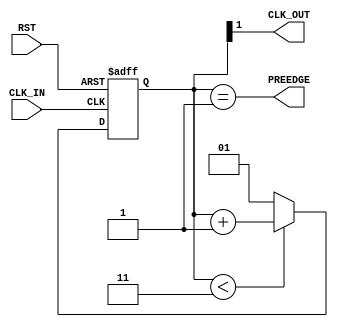

// Copyright (c) 2000-2012 Bluespec, Inc.

// Permission is hereby granted, free of charge, to any person obtaining a copy
// of this software and associated documentation files (the "Software"), to deal
// in the Software without restriction, including without limitation the rights
// to use, copy, modify, merge, publish, distribute, sublicense, and/or sell
// copies of the Software, and to permit persons to whom the Software is
// furnished to do so, subject to the following conditions:

// The above copyright notice and this permission notice shall be included in
// all copies or substantial portions of the Software.

// THE SOFTWARE IS PROVIDED "AS IS", WITHOUT WARRANTY OF ANY KIND, EXPRESS OR
// IMPLIED, INCLUDING BUT NOT LIMITED TO THE WARRANTIES OF MERCHANTABILITY,
// FITNESS FOR A PARTICULAR PURPOSE AND NONINFRINGEMENT. IN NO EVENT SHALL THE
// AUTHORS OR COPYRIGHT HOLDERS BE LIABLE FOR ANY CLAIM, DAMAGES OR OTHER
// LIABILITY, WHETHER IN AN ACTION OF CONTRACT, TORT OR OTHERWISE, ARISING FROM,
// OUT OF OR IN CONNECTION WITH THE SOFTWARE OR THE USE OR OTHER DEALINGS IN
// THE SOFTWARE.
//
// $Revision: 29441 $
// $Date: 2012-08-27 21:58:03 +0000 (Mon, 27 Aug 2012) $

`ifdef BSV_ASSIGNMENT_DELAY
`else
  `define BSV_ASSIGNMENT_DELAY
`endif

`ifdef BSV_POSITIVE_RESET
  `define BSV_RESET_VALUE 1'b1
  `define BSV_RESET_EDGE posedge
`else
  `define BSV_RESET_VALUE 1'b0
  `define BSV_RESET_EDGE negedge
`endif


// A clock divider circuit.
// Division is based on the parameters, where
// Division is upper - lower + 1
// Duty cycle is :
//       let half = 1 << (width-1)
//       (upper - half) / upper - lower + 1
// E.g., (2,1,3) is a divide by 3  duty cycle  2/3
//       (2,0,3) is a divide by 4  duty cycle  2/4
//       (1,0,1) is a divide by 2, duty cycle  1/2
//       (3,1,5) is a divide by 5  duty cycle  2/5
//       (3,2,6) is a divide by 5  duty cycle  3/5
// The offset allow edges for seperate modules to be determined
// relative to each other. a clock divider with offset 1 occurs one
// (fast) clock later than a clock with offset 0.
module ClockDiv(CLK_IN, RST, PREEDGE,  CLK_OUT);

   parameter width = 2 ;        // must be sufficient to hold upper
   parameter lower = 1 ;        //
   parameter upper = 3 ;
   parameter offset = 0;        // offset for relative edges.
                                // (0 <= offset <= (upper - lower)

   input     CLK_IN;            // input clock
   input     RST;

   output    PREEDGE;           // output signal announcing an upcoming edge
   output    CLK_OUT;           // output clock

   reg [ width -1 : 0 ] cntr ;
   reg                  PREEDGE ;

   // Wire constants for the parameters
   wire [width-1:0]     upper_w ;
   wire [width-1:0]     lower_w ;

   assign               CLK_OUT = cntr[width-1] ;
   assign               upper_w = upper ;
   assign               lower_w = lower ;

   // The clock is about to tick when counter is about to set its msb
   //  Note some simulators do not allow 0 width expressions
   wire [width-1:0]     nexttick = ~ ( 'b01 << (width-1) )  ;

   // Combinational block to generate next edge signal
   always@( cntr or nexttick )
     begin
        #0
        // The nonblocking assignment use to delay the update of the edge ready signal
        // Since this read by other always blocks trigger by the output CLK of this module
        PREEDGE <= `BSV_ASSIGNMENT_DELAY  (cntr == nexttick) ;
     end

   always@( posedge CLK_IN or `BSV_RESET_EDGE RST )
     begin
        // The use of blocking assignment within this block insures
        // that the clock generated from cntr[MSB] occurs before any
        // LHS of nonblocking assigments also from CLK_IN occur.
        // Basically, this insures that CLK_OUT and CLK_IN occur within
        // the same phase of the execution cycle,  before any state
        // updates occur. see
        // http://www.sunburst-design.com/papers/CummingsSNUG2002Boston_NBAwithDelays.pdf

        if ( RST == `BSV_RESET_VALUE )
          cntr = upper - offset ;
        else
          begin
             if ( cntr < upper_w )
               cntr = cntr + 1 ;
             else
               cntr = lower_w ;
          end // else: !if( RST == `BSV_RESET_VALUE )
     end // always@ ( posedge CLK_IN or `BSV_RESET_EDGE RST )

`ifdef BSV_NO_INITIAL_BLOCKS
`else // not BSV_NO_INITIAL_BLOCKS
  // synopsys translate_off
  initial
    begin
       #0 ;
       cntr = (upper - offset)  ;
       PREEDGE = 0 ;
    end // initial begin
  // synopsys translate_on
`endif // BSV_NO_INITIAL_BLOCKS


endmodule // ClockDiv